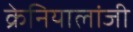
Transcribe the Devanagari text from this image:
क्रेनियालांजी